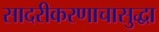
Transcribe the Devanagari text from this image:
सादरीकरणाचासुद्धा